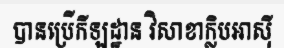
បានប្រើកីឡដ្ឋាន វិសាខាក្លិបអាស៊ី